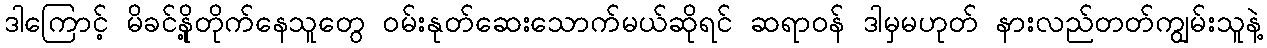
ဒါကြောင့် မိခင်နို့တိုက်နေသူတွေ ဝမ်းနုတ်ဆေးသောက်မယ်ဆိုရင် ဆရာဝန် ဒါမှမဟုတ် နားလည်တတ်ကျွမ်းသူနဲ့